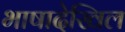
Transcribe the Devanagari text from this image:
भाषादेखिल